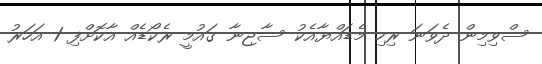
ސްވިމިން ދެވަނަ ރިހި މެޑައްޔާއެކު ސާޖިނާ ގައުމީ ރެކޯޑެއް އާކޮށްފި 1 އަހަރު